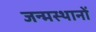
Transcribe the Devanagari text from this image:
जन्मस्थानों